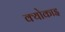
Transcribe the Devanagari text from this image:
क्योकाइ